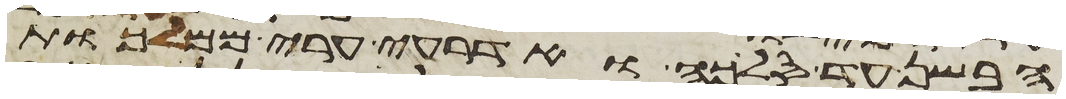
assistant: הבשן עד סלכה ואדרעי ערי ממלכת